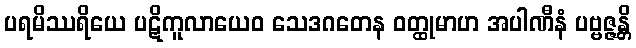
ပရမိဿရိယေ ပဋိကူလာယေဝ သေဒဂတေန ဝတ္ထုမာဟ အပါဏီနံ ပဗ္ဗဇ္ဇန္တိ